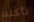
نأكله